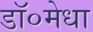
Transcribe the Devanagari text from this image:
डॉ०मेधा